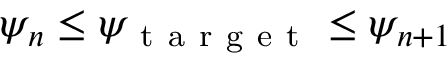
\psi _ { n } \leq \psi _ { \mathrm { ~ t ~ a ~ r ~ g ~ e ~ t ~ } } \leq \psi _ { n + 1 }